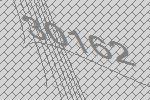
30162